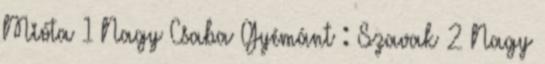
Mióta 1 Nagy Csaba Gyémánt : Szavak 2 Nagy